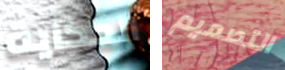
الحكاية التصميم